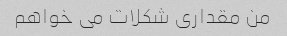
من مقداری شکلات می خواهم